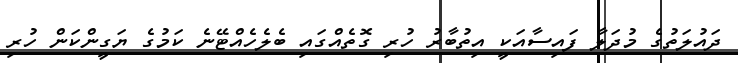
ދައުލަތުގެ މުދަލާ ފައިސާއަކީ އިތުބާރު ހުރި ގޮތެއްގައި ބެލެހެއްޓޭނެ ކަމުގެ ޔަގީންކަން ހުރި